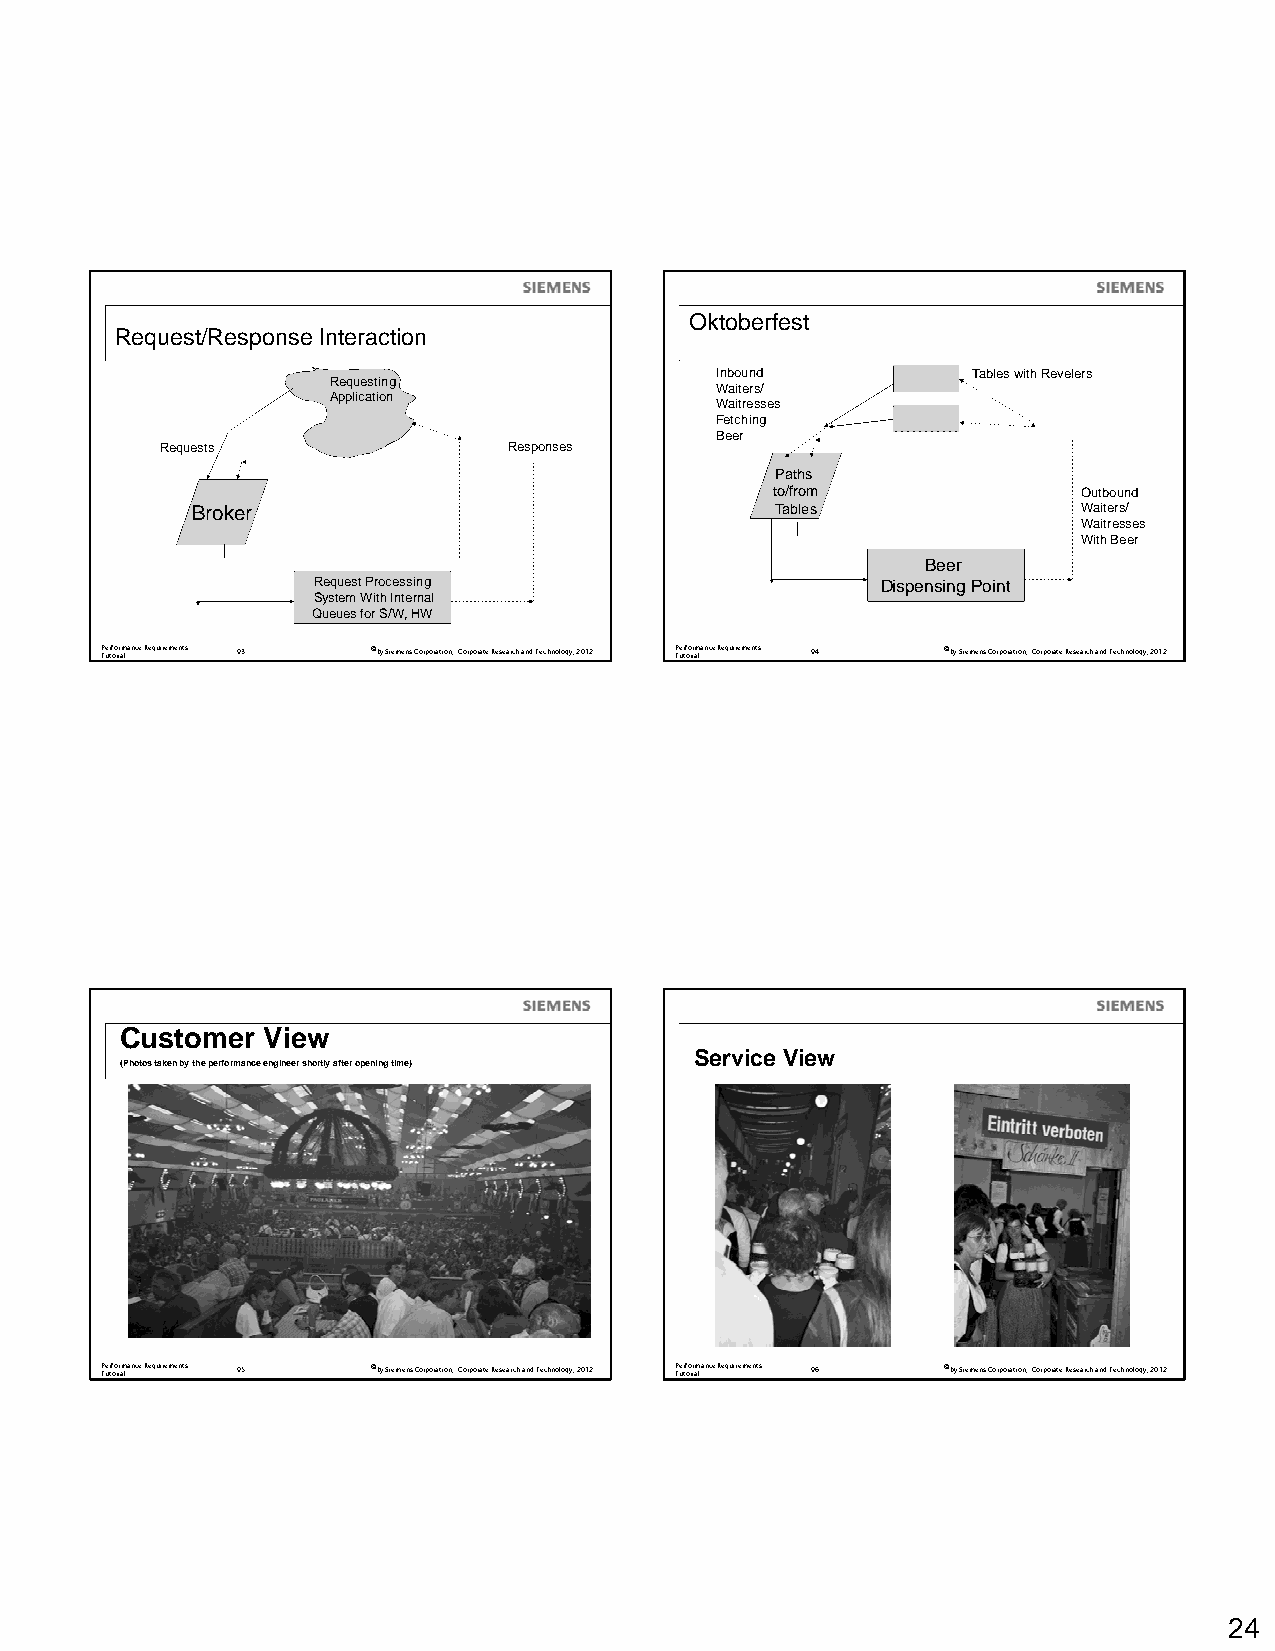
Oktoberfest
 Request/Response Interaction
 Inbound          Tables with Revelers
 Requesting
 Waiters/
 Application
 Waitresses
 Fetching
 Beer
 Requests               Responses
 Paths
 to/from              Outbound
 Broker                                Tables               Waiters/
 Waitresses
 With Beer
 Beer
 Request Processing                   Dispensing Point
 System With Internal
 Queues for S/W, HW
 P Te ur tf oo rr iam lance Requirements 93 ©by Siemens Corporation, Corporate Research and Technology, 2012 P Te ur tf oo rr iam lance Requirements 94 ©by Siemens Corporation, Corporate Research and Technology, 2012
 Customer View
 Service View
 (Photos taken by the performance engineer shortly after opening time)
 P Te ur tf oo rr iam lance Requirements 95 ©by Siemens Corporation, Corporate Research and Technology, 2012 P Te ur tf oo rr iam lance Requirements 96 ©by Siemens Corporation, Corporate Research and Technology, 2012
 24